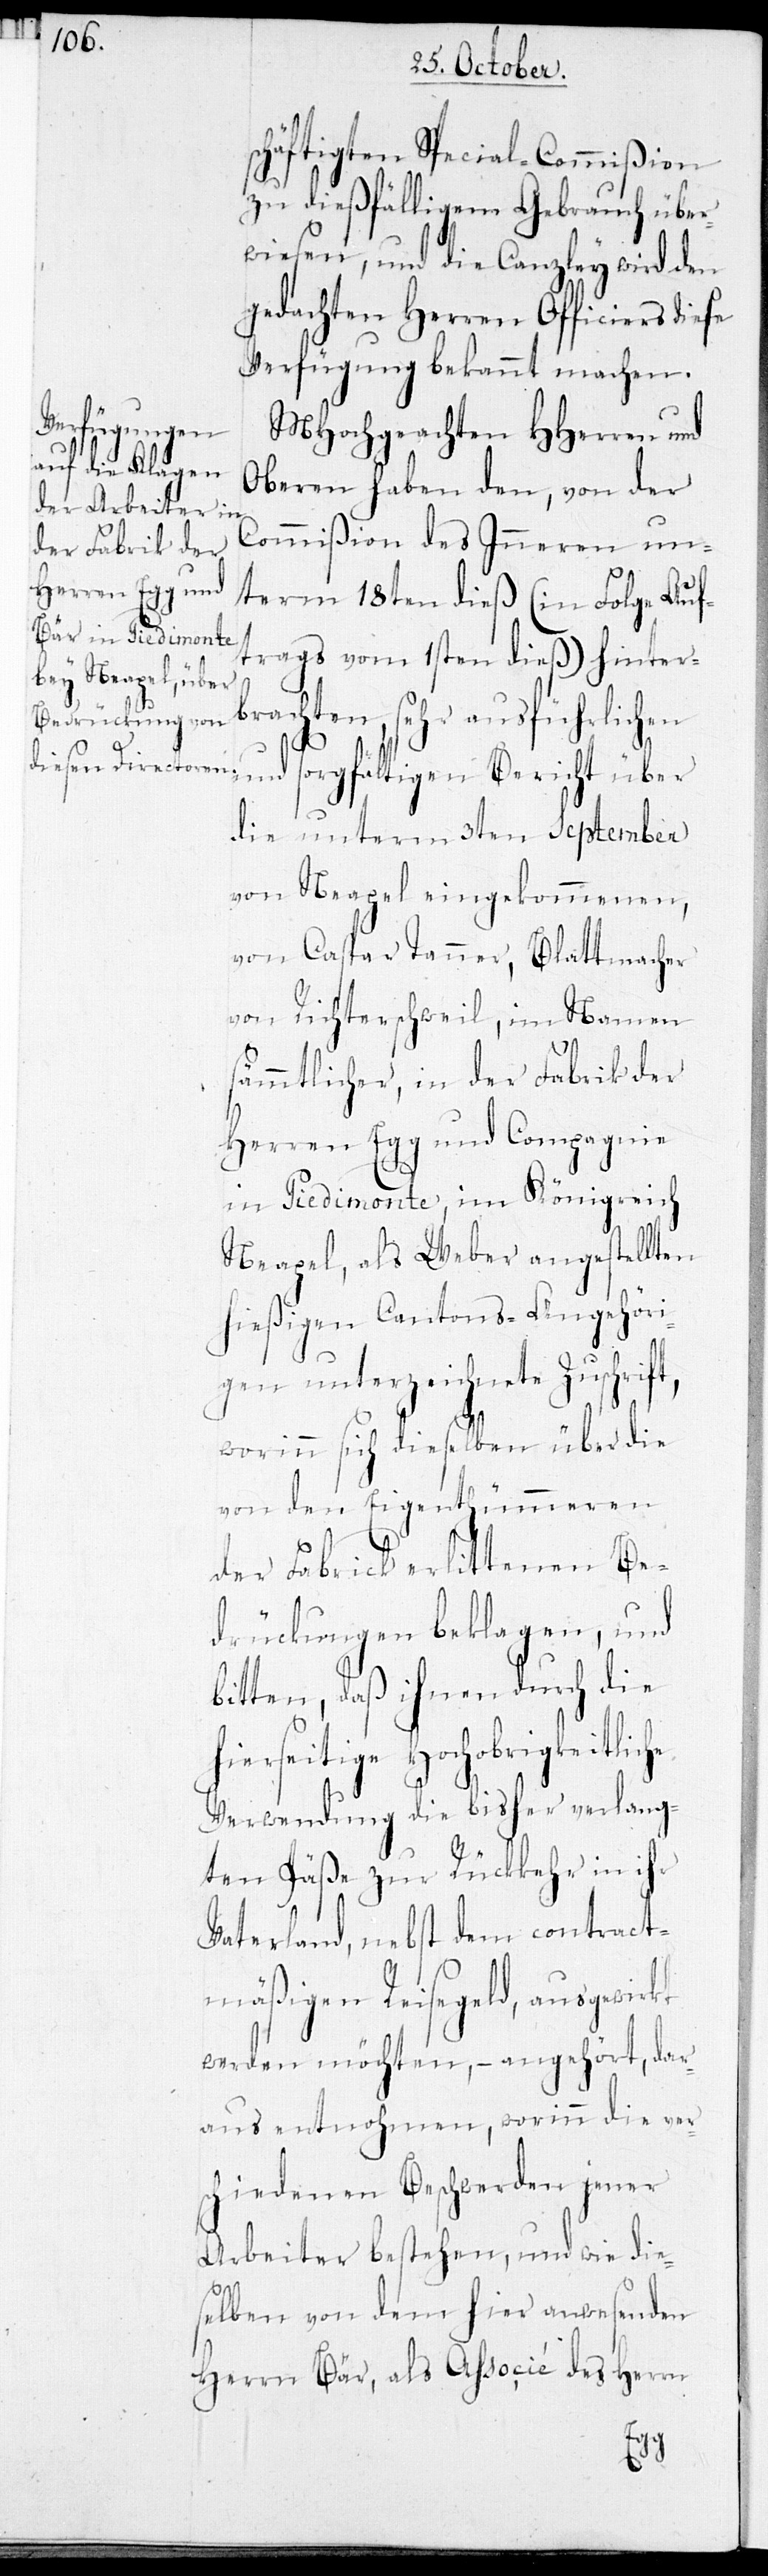
häftigten Special-Commißion
zu dießfälligem Gebrauch über¬
wiesen, und die Canzley wird den
gedachten Herren Officiers diese
Verfügung bekannt machen.
sorgfältigen
MHochgeachten HHerren und
Oberen haben den, von der
Commißion des Inneren un¬
term 18ten dieß (in Folge Auf¬
trags vom 1sten dieß) hinter¬
brachten, sehr ausführlichen
die unterm 3ten September
von Neapel eingekommenen
von Caspar Tanner, Blattmacher
von Richterschweil, im Namen
sämmtlicher, in der Fabrik der
Herren Egg und Compagnie
in Piedimonte, im Königreich
Neapel, als Weber angestellten
hießigen Cantons-Angehöri¬
gen unterzeichnete Zuschrift,
worinn sich dieselben über die
von den Eigenthümmeren
der Fabrick erlittenen Be¬
drückungen beklagen, und
bitten, daß ihnen durch die
hierseitige Hochobrigkeitliche
Verwendung die bisher verlang¬
ten Päße zur Rückkehr in ihr
Vaterland, nebst dem contract¬
mäßigen Reisegeld, ausgewirkt
werden möchten, – angehört, dar¬
aus entnohmen, worinn die ver¬
schiedenen Beschwerden jener
Arbeiter bestehen, und wie die¬
selben von dem hier anwesenden
Herrn Bär, als Associé des Herrn
sc¬